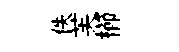
佚芙櫛